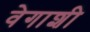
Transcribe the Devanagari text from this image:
वेगाशी